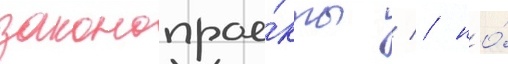
законопрое́кты / / но́